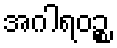
အဂါရဝဉ္စ